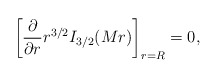
\begin{align*}\left[{\partial \over \partial r}r^{3/2}I_{3/2}(Mr)\right]_{r=R}=0,\end{align*}